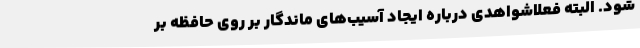
شود. البته فعلاشواهدی درباره ایجاد آسیب‌های ماندگار بر روی حافظه بر